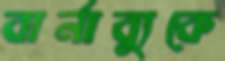
বার্নাব্যুকে